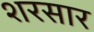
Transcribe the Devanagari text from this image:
शरसार